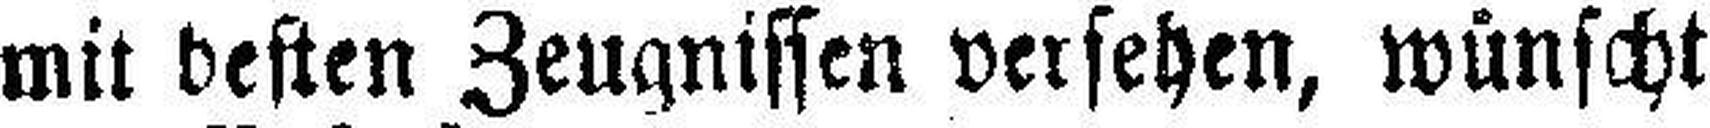
mit besten Zeugnissen versehen, wünscht